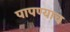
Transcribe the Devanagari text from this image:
पापण्याच